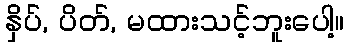
နှိပ်, ပိတ်, မထားသင့်ဘူးပေါ့။